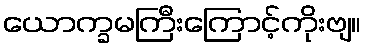
ယောက္ခမကြီးကြောင့်ကိုးဗျ။